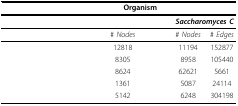
<table><thead><tr><td>[EMPTY_CELL]</td><td colspan="6"><b>Organism</b></td></tr></thead><tbody><tr><td>[EMPTY_CELL]</td><td colspan="2">[EMPTY_CELL]</td><td colspan="2">[EMPTY_CELL]</td><td colspan="2"><i><b>Saccharomyces C</b></i></td></tr><tr><td>[EMPTY_CELL]</td><td>[EMPTY_CELL]</td><td>[EMPTY_CELL]</td><td># <i>Nodes</i></td><td>[EMPTY_CELL]</td><td># <i>Nodes</i></td><td># <i>Edges</i></td></tr><tr><td>[EMPTY_CELL]</td><td>[EMPTY_CELL]</td><td>[EMPTY_CELL]</td><td>12818</td><td>[EMPTY_CELL]</td><td>11194</td><td>152877</td></tr><tr><td>[EMPTY_CELL]</td><td>[EMPTY_CELL]</td><td>[EMPTY_CELL]</td><td>8305</td><td>[EMPTY_CELL]</td><td>8958</td><td>105440</td></tr><tr><td>[EMPTY_CELL]</td><td>[EMPTY_CELL]</td><td>[EMPTY_CELL]</td><td>8624</td><td>[EMPTY_CELL]</td><td>62621</td><td>5661</td></tr><tr><td>[EMPTY_CELL]</td><td>[EMPTY_CELL]</td><td>[EMPTY_CELL]</td><td>1361</td><td>[EMPTY_CELL]</td><td>5087</td><td>24114</td></tr><tr><td>[EMPTY_CELL]</td><td>[EMPTY_CELL]</td><td>[EMPTY_CELL]</td><td>5142</td><td>[EMPTY_CELL]</td><td>6248</td><td>304198</td></tr></tbody></table>